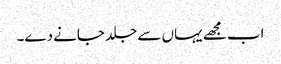
اب مجھے یہاں سے جلد جانے دے۔